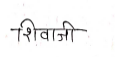
मजकूर: शिवाजी